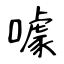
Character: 噱